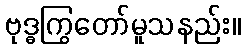
ဗုဒ္ဓကြွတော်မူသနည်း။